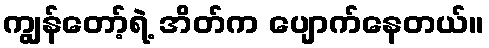
ကျွန်တော့်ရဲ့ အိတ်က ပျောက်နေတယ်။